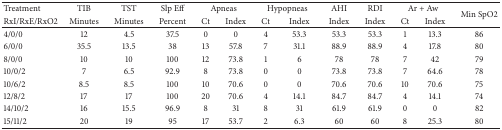
| Treatment | TIB | TST | Slp Eff | <COLSPAN=2> Apneas | <COLSPAN=2> Hypopneas | AHI | RDI | <COLSPAN=2> Ar + Aw | <ROWSPAN=2> Min SpO2 |
 | RxI/RxE/RxO2 | Minutes | Minutes | Percent | Ct | Index | Ct | Index | Index | Index | Ct | Index |
 | --- | --- | --- | --- | --- | --- | --- | --- | --- | --- | --- | --- | --- |
 | 4/0/0 | 12 | 4.5 | 37.5 | 0 | 0 | 4 | 53.3 | 53.3 | 53.3 | 1 | 13.3 | 86 |
 | 6/0/0 | 35.5 | 13.5 | 38 | 13 | 57.8 | 7 | 31.1 | 88.9 | 88.9 | 4 | 17.8 | 80 |
 | 8/0/0 | 10 | 10 | 100 | 12 | 73.8 | 1 | 6 | 78 | 78 | 7 | 42 | 79 |
 | 10/0/2 | 7 | 6.5 | 92.9 | 8 | 73.8 | 0 | 0 | 73.8 | 73.8 | 7 | 64.6 | 78 |
 | 10/6/2 | 8.5 | 8.5 | 100 | 10 | 70.6 | 0 | 0 | 70.6 | 70.6 | 10 | 70.6 | 75 |
 | 12/8/2 | 17 | 17 | 100 | 20 | 70.6 | 4 | 14.1 | 84.7 | 84.7 | 4 | 14.1 | 74 |
 | 14/10/2 | 16 | 15.5 | 96.9 | 8 | 31 | 8 | 31 | 61.9 | 61.9 | 0 | 0 | 82 |
 | 15/11/2 | 20 | 19 | 95 | 17 | 53.7 | 2 | 6.3 | 60 | 60 | 8 | 25.3 | 80 |